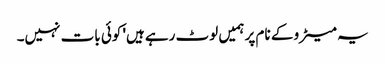
یہ میٹرو کے نام پر ہمیں لوٹ رہے ہیں' کوئی بات نہیں۔